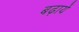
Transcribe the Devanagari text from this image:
बढ़ायें